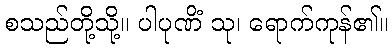
စသည်တို့သို့။ ပါပုဏိံ သု၊ ရောက်ကုန်၏။